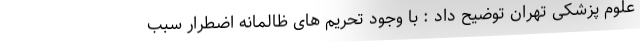
علوم پزشکی تهران توضیح داد : با وجود تحریم های ظالمانه اضطرار سبب